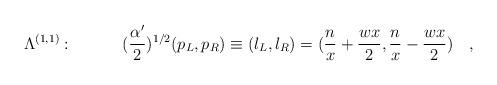
LaTeX: \begin{align*}\Lambda^{(1,1)} : \quad \quad\quad ({{\alpha^{\prime}}\over{2}})^{1/2}(p_L , p_R) \equiv (l_L , l_R) = ({{n}\over{x}} + {{wx}\over{2}} ,{{n}\over{x}} - {{wx}\over{2}} ) \quad ,\end{align*}